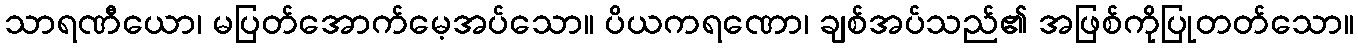
သာရဏီယော၊ မပြတ်အောက်မေ့အပ်သော။ ပိယကရဏော၊ ချစ်အပ်သည်၏ အဖြစ်ကိုပြုတတ်သော။